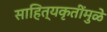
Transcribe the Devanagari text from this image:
साहित्यकृतींमुळे